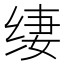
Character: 𰬢